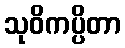
သုဝိကပ္ပိတာ